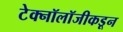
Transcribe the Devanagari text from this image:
टेक्नॉलॉजीकडून